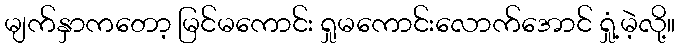
မျက်နှာကတော့ မြင်မကောင်း ရှုမကောင်းလောက်အောင် ရှုံ့မဲ့လို့။